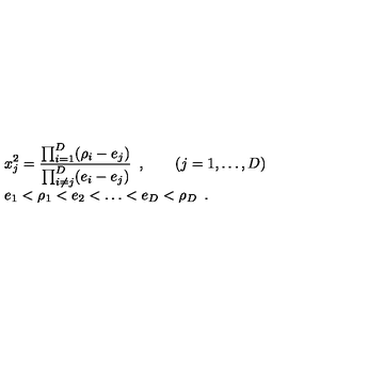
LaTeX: \begin{array} { l } { \displaystyle x _ { j } ^ { 2 } = \frac { \prod _ { i = 1 } ^ { D } ( \rho _ { i } - e _ { j } ) } { \prod _ { i \not = j } ^ { D } ( e _ { i } - e _ { j } ) } \enspace , \qquad ( j = 1 , \dots , D ) } \\ { \displaystyle e _ { 1 } < \rho _ { 1 } < e _ { 2 } < \dots < e _ { D } < \rho _ { D } \enspace . } \\ \end{array}